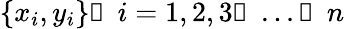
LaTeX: \{ x_{i},y_{i}\} ，i=1,2,3，...，n